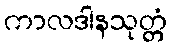
ကာလဒါနသုတ္တံ